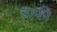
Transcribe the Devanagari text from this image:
चाफी